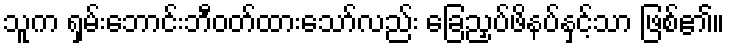
သူက ရှမ်းဘောင်းဘီဝတ်ထားသော်လည်း ခြေညှပ်ဖိနပ်နှင့်သာ ဖြစ်၏။